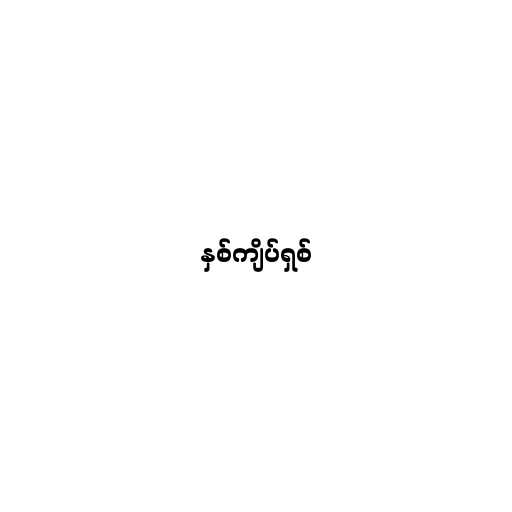
နှစ်ကျိပ်ရှစ်